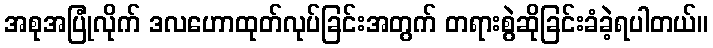
အစုအပြုံလိုက် ဒလဟောထုတ်လုပ်ခြင်းအတွက် တရားစွဲဆိုခြင်းခံခဲ့ရပါတယ်။